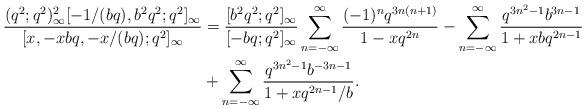
LaTeX: \begin{align*} \frac{(q^2;q^2)_\infty^2[-1/(bq), b^2q^2;q^2]_\infty}{[x, -xbq, -x/(bq);q^2]_\infty}&= \frac{[b^2q^2;q^2]_\infty}{[-bq;q^2]_\infty} \sum_{n=-\infty}^{\infty}\frac{(-1)^{n}q^{3n(n+1)}}{1-xq^{2n}}-\sum_{n=-\infty}^{\infty}\frac{q^{3n^2-1}b^{3n-1}}{1+xbq^{2n-1}} \\&+\sum_{n=-\infty}^{\infty}\frac{q^{3n^2-1}b^{-3n-1}}{1+xq^{2n-1}/b}.\end{align*}